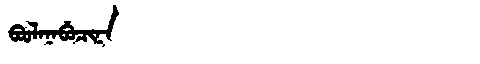
Manchu: ᠪᠣᠣᠯᠠᠨᠠᠪᡠᠴᡳᠨᠠ
Romanization: BOOLANABUCINA